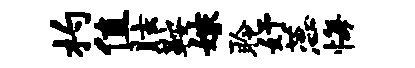
杓值眩鞍嫁聆妤蕊悔